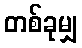
တစ်ခုမျှ